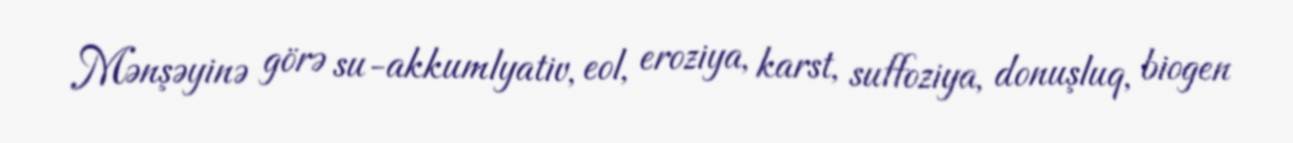
Mənşəyinə görə su-akkumlyativ, eol, eroziya, karst, suffoziya, donuşluq, biogen